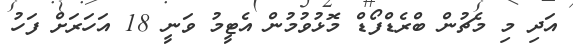
އަދި މި މެޗުން ބްރެޑްފޯޑް މޮޅުވުމުން އެޓީމު ވަނީ 18 އަހަރަށް ފަހު